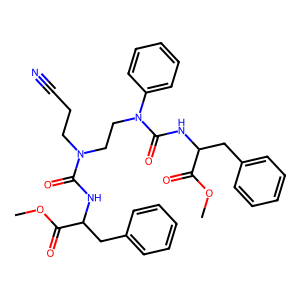
SMILES: COC(=O)C(Cc1ccccc1)NC(=O)N(CCC#N)CCN(C(=O)NC(Cc1ccccc1)C(=O)OC)c1ccccc1
Inhibits HIV replication: No